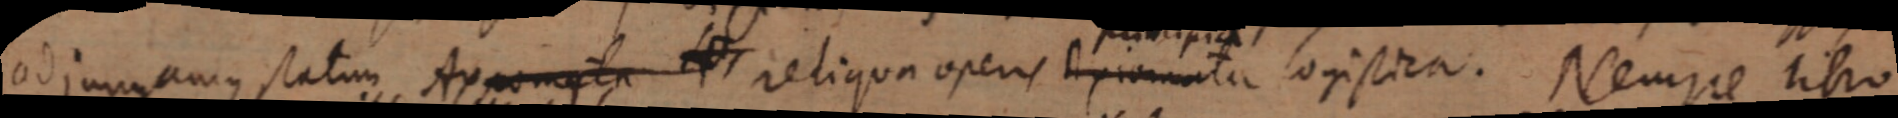
adjungamus statum Axiomata _ reliqua operis Axiomata logistica. Nempe libro